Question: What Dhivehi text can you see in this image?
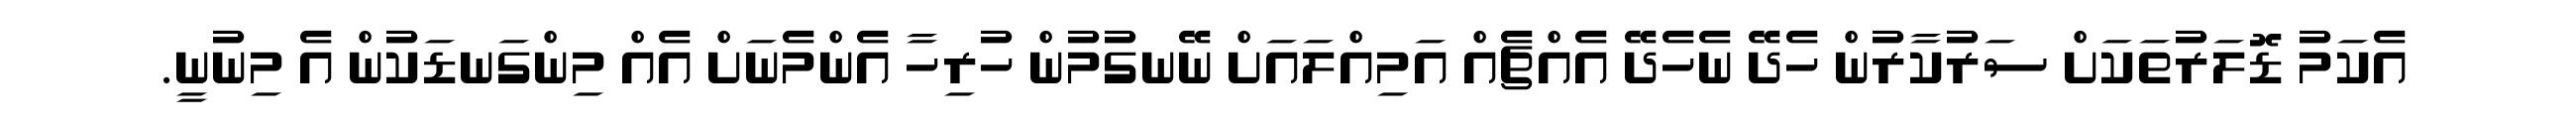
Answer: އެކަމު ޑޮލަރުތަކަށް ސަރުކާރުން ހެދޭ ނެހެދޭ އެއްޗެއް އަމިއްލައަށް ނޭނގުމުން ހުރިހާ އެންމެނަށް އެއް މިންގަނޑަކުން އެ މިނުނީ.